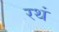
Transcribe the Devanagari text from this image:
रथं